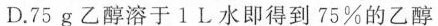
D.75g乙醇溶于1L水即得到75%的乙醇